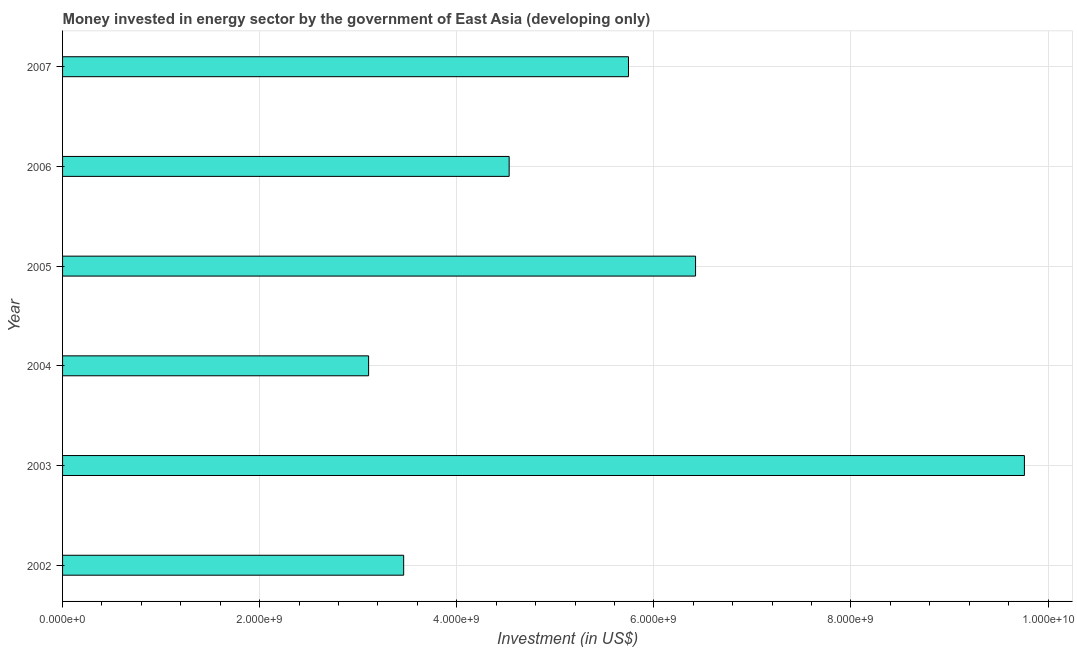
| Year | Investment in energy with private participation (current US$) |
 | --- | --- |
 | 2002 | 3.46e+09 |
 | 2003 | 9.76e+09 |
 | 2004 | 3.11e+09 |
 | 2005 | 6.42e+09 |
 | 2006 | 4.53e+09 |
 | 2007 | 5.74e+09 |